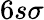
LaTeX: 6s\sigma